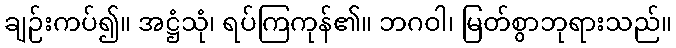
ချဉ်းကပ်၍။ အဋ္ဌံသုံ၊ ရပ်ကြကုန်၏။ ဘဂဝါ၊ မြတ်စွာဘုရားသည်။